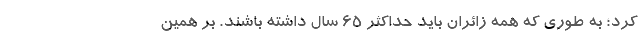
کرد؛ به طوری که همه زائران باید حداکثر ۶۵ سال داشته باشند. بر همین